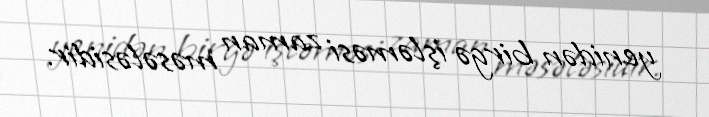
yenidən birgə işləməsi zaman məsələsidir.